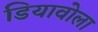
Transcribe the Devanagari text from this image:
डियावोला